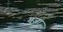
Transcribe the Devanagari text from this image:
गुजा